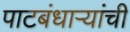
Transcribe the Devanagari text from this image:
पाटबंधाऱ्यांची